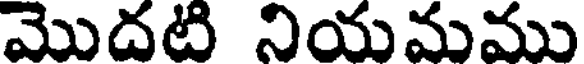
మొదటి నియమము